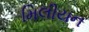
મિલીયન